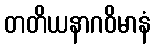
တတိယနာဂဝိမာနံ